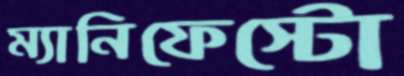
ম্যানিফেস্টো